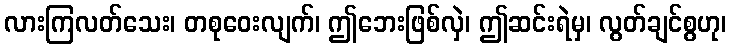
လားကြလတ်သေး၊ တစုဝေးလျက်၊ ဤဘေးဖြစ်လှဲ၊ ဤဆင်းရဲမှ၊ လွတ်ချင်စွဟု၊